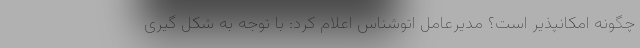
چگونه امکانپذیر است؟ مدیرعامل اتوشناس اعلام کرد: با توجه به شکل گیری